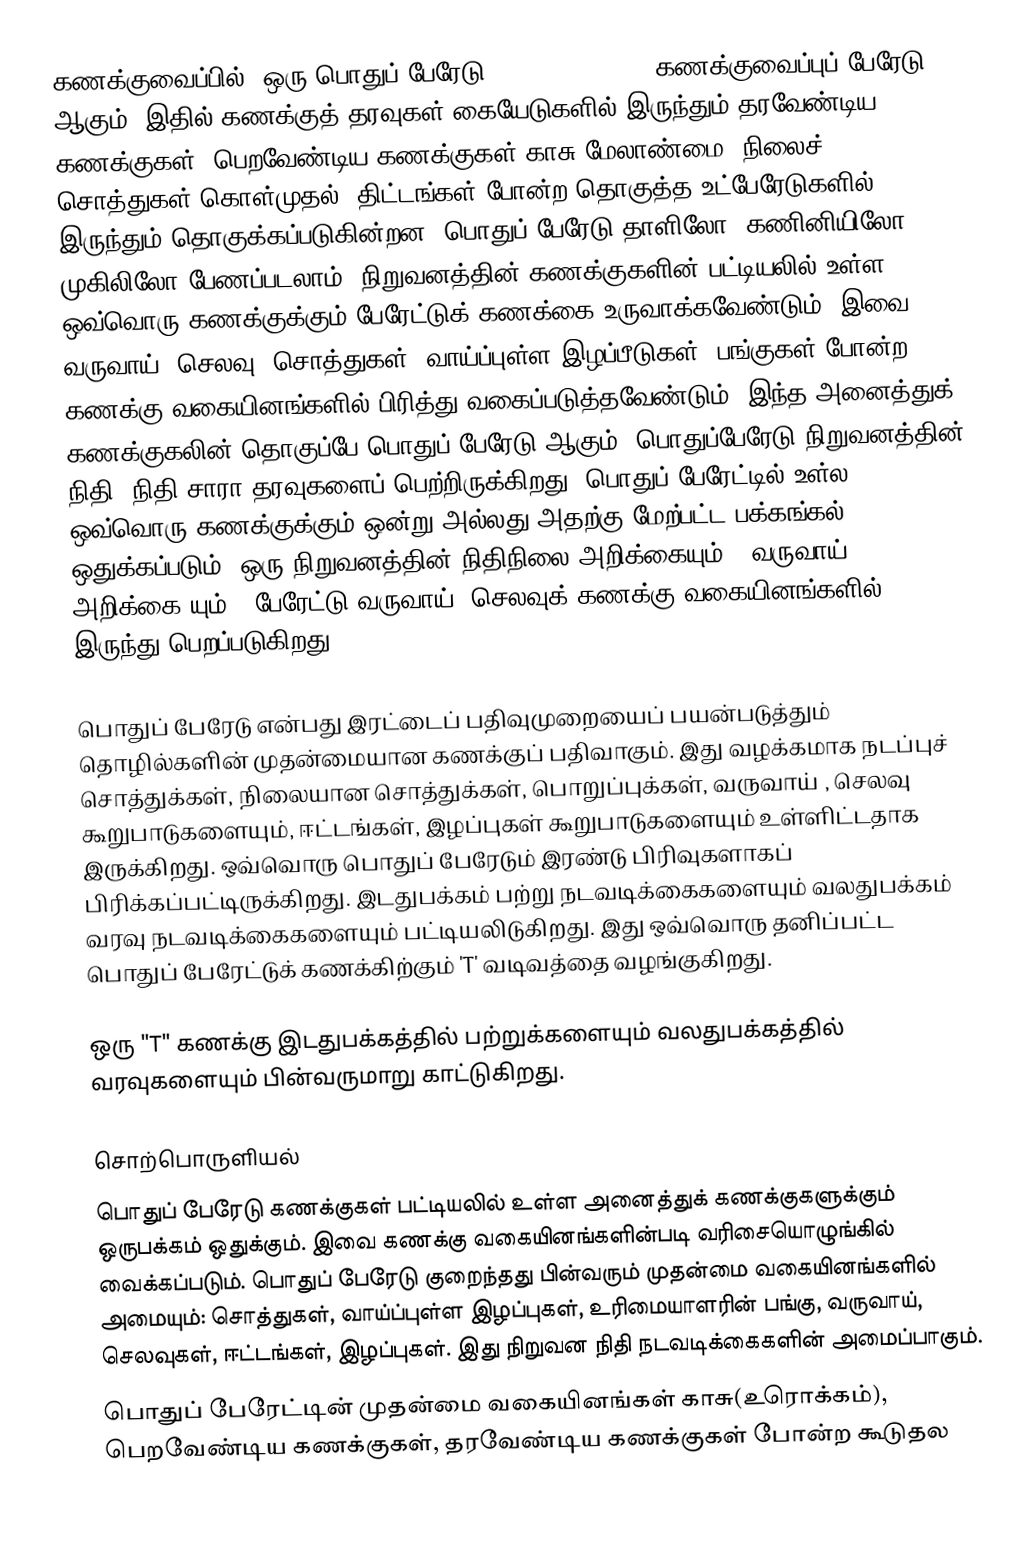
கணக்குவைப்பில்,  ஒரு பொதுப் பேரேடு (general ledger)  கணக்குவைப்புப் பேரேடு  ஆகும்.  இதில் கணக்குத் தரவுகள் கையேடுகளில் இருந்தும் தரவேண்டிய கணக்குகள், பெறவேண்டிய கணக்குகள் காசு மேலாண்மை, நிலைச் சொத்துகள் கொள்முதல், திட்டங்கள் போன்ற  தொகுத்த உட்பேரேடுகளில் இருந்தும் தொகுக்கப்படுகின்றன. பொதுப் பேரேடு தாளிலோ, கணினியிலோ முகிலிலோ பேணப்படலாம். நிறுவனத்தின் கணக்குகளின் பட்டியலில் உள்ள ஒவ்வொரு கணக்குக்கும் பேரேட்டுக் கணக்கை உருவாக்கவேண்டும். இவை வருவாய், செலவு, சொத்துகள், வாய்ப்புள்ள இழப்பீடுகள், பங்குகள் போன்ற கணக்கு வகையினங்களில் பிரித்து வகைப்படுத்தவேண்டும்;  இந்த அனைத்துக் கணக்குகலின் தொகுப்பே பொதுப் பேரேடு ஆகும்.  பொதுப்பேரேடு நிறுவனத்தின் நிதி, நிதி சாரா தரவுகளைப் பெற்றிருக்கிறது. பொதுப் பேரேட்டில் உள்ல ஒவ்வொரு கணக்குக்கும் ஒன்று அல்லது அதற்கு மேற்பட்ட பக்கங்கல் ஒதுக்கப்படும்.  ஒரு நிறுவனத்தின் நிதிநிலை அறிக்கையும்  [[வருவாய் அறிக்கை]யும்]]  பேரேட்டு வருவாய், செலவுக் கணக்கு வகையினங்களில் இருந்து பெறப்படுகிறது.

பொதுப் பேரேடு என்பது இரட்டைப் பதிவுமுறையைப் பயன்படுத்தும் தொழில்களின் முதன்மையான கணக்குப் பதிவாகும். இது வழக்கமாக நடப்புச் சொத்துக்கள், நிலையான சொத்துக்கள், பொறுப்புக்கள், வருவாய் , செலவு  கூறுபாடுகளையும், ஈட்டங்கள்,   இழப்புகள் கூறுபாடுகளையும் உள்ளிட்டதாக இருக்கிறது. ஒவ்வொரு பொதுப் பேரேடும் இரண்டு பிரிவுகளாகப் பிரிக்கப்பட்டிருக்கிறது. இடதுபக்கம் பற்று நடவடிக்கைகளையும் வலதுபக்கம் வரவு நடவடிக்கைகளையும் பட்டியலிடுகிறது. இது ஒவ்வொரு தனிப்பட்ட பொதுப் பேரேட்டுக் கணக்கிற்கும் 'T' வடிவத்தை வழங்குகிறது.

ஒரு "T" கணக்கு இடதுபக்கத்தில் பற்றுக்களையும் வலதுபக்கத்தில் வரவுகளையும் பின்வருமாறு காட்டுகிறது.

சொற்பொருளியல்
பொதுப் பேரேடு கணக்குகள் பட்டியலில் உள்ள அனைத்துக் கணக்குகளுக்கும் ஒருபக்கம் ஒதுக்கும்.  இவை கணக்கு வகையினங்களின்படி வரிசையொழுங்கில் வைக்கப்படும்.  பொதுப் பேரேடு குறைந்தது பின்வரும் முதன்மை வகையினங்களில் அமையும்: சொத்துகள், வாய்ப்புள்ள இழப்புகள், உரிமையாளரின் பங்கு, வருவாய், செலவுகள், ஈட்டங்கள்,  இழப்புகள்.  இது நிறுவன நிதி நடவடிக்கைகளின் அமைப்பாகும்.
பொதுப் பேரேட்டின் முதன்மை வகையினங்கள்  காசு(உரொக்கம்), பெறவேண்டிய கணக்குகள்,  தரவேண்டிய கணக்குகள் போன்ற கூடுதல